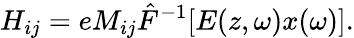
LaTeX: H_{ij}=eM_{ij}\hat{F}^{-1}[E(z,\omega)x(\omega)].